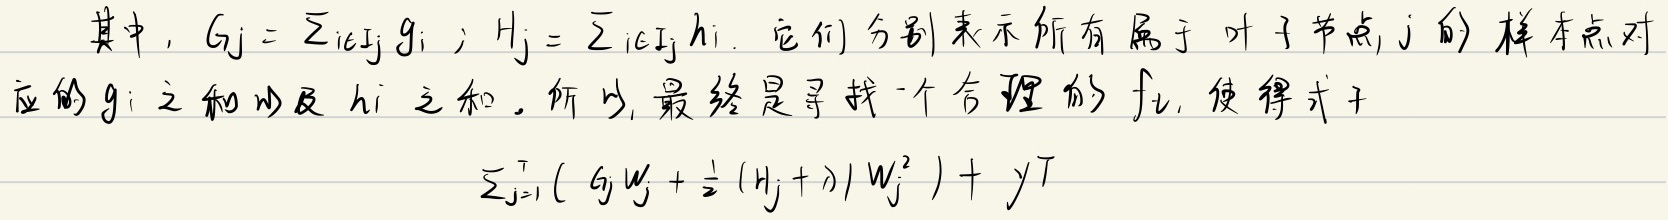
其中，\(G_j = \sum_{i \in I_j} g_i\)；\(H_j = \sum_{i \in I_j} h_i\)。它们分别表示所有属于叶子节点 \(j\) 的样本点对应的 \(g_i\) 之和以及 \(h_i\) 之和。所以，最终是寻找一个合理的 \(f_k\)，使得式子
\[\sum_{j = 1}^{T} \left( G_j w_j + \frac{1}{2} (H_j + \lambda) w_j^{2} \right) + \gamma T\]